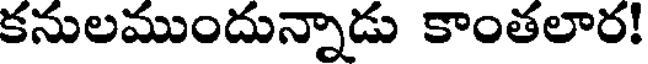
కనులముందున్నాడు కాంతలార!